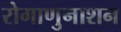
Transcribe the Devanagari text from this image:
रोगाणुनाशन